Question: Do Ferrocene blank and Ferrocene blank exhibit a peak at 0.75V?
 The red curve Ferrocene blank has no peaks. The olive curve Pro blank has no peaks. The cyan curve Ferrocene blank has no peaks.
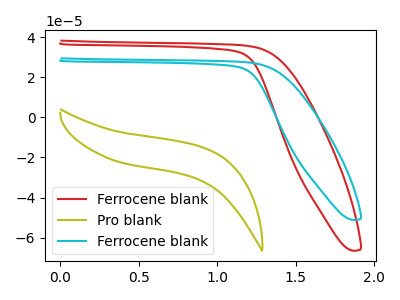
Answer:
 <answer>No, "Ferrocene blank" and "Ferrocene blank" dont share a peak at 0.75V.</answer>
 <eval>mismatch</eval>